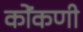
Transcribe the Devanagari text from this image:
कोंंकणी